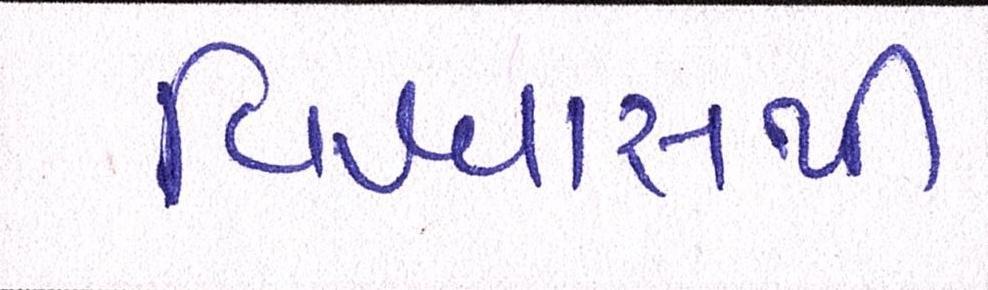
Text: વિશ્વાસથી